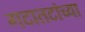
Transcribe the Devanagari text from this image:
गटातटांच्या